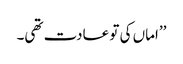
’’اماں کی تو عادت تھی۔